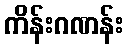
ကိန်းဂဏန်း